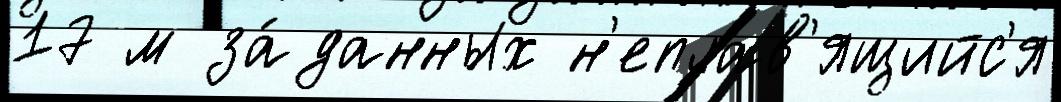
17 м за́данных н'еплав'ящийс'я